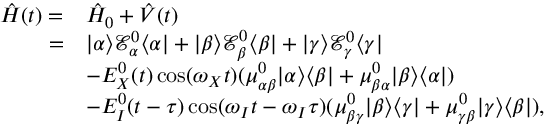
\begin{array} { r l } { \hat { H } ( t ) = } & { \hat { H } _ { 0 } + \hat { V } ( t ) } \\ { = } & { | \alpha \rangle \mathcal { E } _ { \alpha } ^ { 0 } \langle \alpha | + | \beta \rangle \mathcal { E } _ { \beta } ^ { 0 } \langle \beta | + | \gamma \rangle \mathcal { E } _ { \gamma } ^ { 0 } \langle \gamma | } \\ & { - E _ { X } ^ { 0 } ( t ) \cos ( \omega _ { X } t ) ( \mu _ { \alpha \beta } ^ { 0 } | \alpha \rangle \langle \beta | + \mu _ { \beta \alpha } ^ { 0 } | \beta \rangle \langle \alpha | ) } \\ & { - E _ { I } ^ { 0 } ( t - \tau ) \cos ( \omega _ { I } t - \omega _ { I } \tau ) ( \mu _ { \beta \gamma } ^ { 0 } | \beta \rangle \langle \gamma | + \mu _ { \gamma \beta } ^ { 0 } | \gamma \rangle \langle \beta | ) , } \end{array}